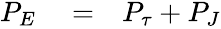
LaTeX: \begin{array}{rlr}{P_{E}}&{{}=}&{P_{\tau}+P_{J}}\end{array}